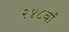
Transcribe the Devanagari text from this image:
२४८वाँ